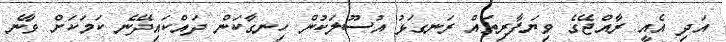
އަދި އެއީ ރާއްޖޭގެ ވިޔަފާރިތައް ރަނގަޅު އުސޫލަކުން ހިނގާކަން ދައްކައިދޭނެ ކަމަކަށް ވާނެ